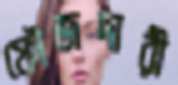
ফৌজদারী